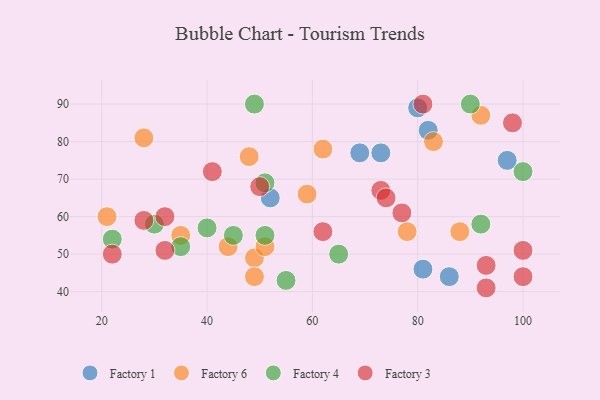
{"axis": {"x": "GDP", "y": "Life Expectancy"}, "legend": ["Factory 1", "Factory 3", "Factory 4", "Factory 6"], "data": [{"x": "80", "y": 89, "type": "Factory 1"}, {"x": "73", "y": 77, "type": "Factory 1"}, {"x": "69", "y": 77, "type": "Factory 1"}, {"x": "97", "y": 75, "type": "Factory 1"}, {"x": "81", "y": 46, "type": "Factory 1"}, {"x": "52", "y": 65, "type": "Factory 1"}, {"x": "86", "y": 44, "type": "Factory 1"}, {"x": "82", "y": 83, "type": "Factory 1"}, {"x": "49", "y": 49, "type": "Factory 6"}, {"x": "83", "y": 80, "type": "Factory 6"}, {"x": "49", "y": 44, "type": "Factory 6"}, {"x": "88", "y": 56, "type": "Factory 6"}, {"x": "21", "y": 60, "type": "Factory 6"}, {"x": "35", "y": 55, "type": "Factory 6"}, {"x": "51", "y": 52, "type": "Factory 6"}, {"x": "78", "y": 56, "type": "Factory 6"}, {"x": "59", "y": 66, "type": "Factory 6"}, {"x": "62", "y": 78, "type": "Factory 6"}, {"x": "44", "y": 52, "type": "Factory 6"}, {"x": "92", "y": 87, "type": "Factory 6"}, {"x": "28", "y": 81, "type": "Factory 6"}, {"x": "48", "y": 76, "type": "Factory 6"}, {"x": "40", "y": 57, "type": "Factory 4"}, {"x": "100", "y": 72, "type": "Factory 4"}, {"x": "51", "y": 55, "type": "Factory 4"}, {"x": "35", "y": 52, "type": "Factory 4"}, {"x": "22", "y": 54, "type": "Factory 4"}, {"x": "30", "y": 58, "type": "Factory 4"}, {"x": "45", "y": 55, "type": "Factory 4"}, {"x": "92", "y": 58, "type": "Factory 4"}, {"x": "55", "y": 43, "type": "Factory 4"}, {"x": "65", "y": 50, "type": "Factory 4"}, {"x": "90", "y": 90, "type": "Factory 4"}, {"x": "51", "y": 69, "type": "Factory 4"}, {"x": "49", "y": 90, "type": "Factory 4"}, {"x": "93", "y": 47, "type": "Factory 3"}, {"x": "100", "y": 44, "type": "Factory 3"}, {"x": "77", "y": 61, "type": "Factory 3"}, {"x": "73", "y": 67, "type": "Factory 3"}, {"x": "41", "y": 72, "type": "Factory 3"}, {"x": "62", "y": 56, "type": "Factory 3"}, {"x": "32", "y": 60, "type": "Factory 3"}, {"x": "98", "y": 85, "type": "Factory 3"}, {"x": "32", "y": 51, "type": "Factory 3"}, {"x": "50", "y": 68, "type": "Factory 3"}, {"x": "93", "y": 41, "type": "Factory 3"}, {"x": "22", "y": 50, "type": "Factory 3"}, {"x": "28", "y": 59, "type": "Factory 3"}, {"x": "100", "y": 51, "type": "Factory 3"}, {"x": "74", "y": 65, "type": "Factory 3"}, {"x": "81", "y": 90, "type": "Factory 3"}]}